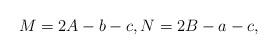
LaTeX: \begin{align*} M=2A-b-c,N=2B-a-c,\end{align*}